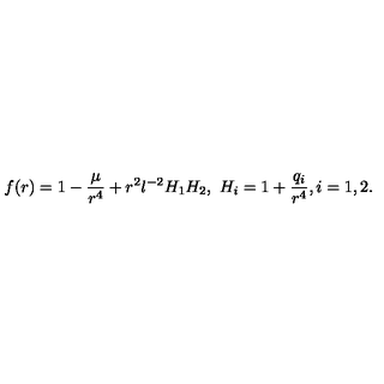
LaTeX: f ( r ) = 1 - \frac { \mu } { r ^ { 4 } } + r ^ { 2 } l ^ { - 2 } H _ { 1 } H _ { 2 } , \ H _ { i } = 1 + \frac { q _ { i } } { r ^ { 4 } } , i = 1 , 2 .